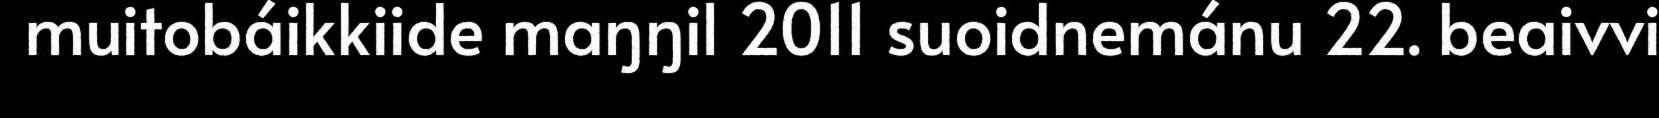
muitobáikkiide maŋŋil 2011 suoidnemánu 22. beaivvi